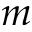
m